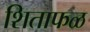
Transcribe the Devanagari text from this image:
शिताफळ